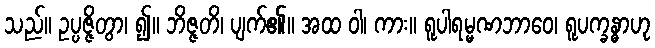
သည်။ ဥပ္ပဇ္ဇိတွာ၊ ၍။ ဘိဇ္ဇတိ၊ ပျက်၏။ အထ ဝါ၊ ကား။ ရူပါရမ္မဏဘာဝေ၊ ရူပက္ခန္ဓာဟု